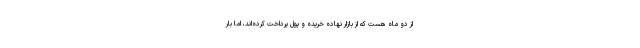
از دو ماه هست که از بازار نهاده خریده و پول پرداخت کرده‌اند، اما بار